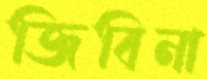
জিবিনা